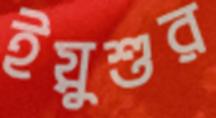
ইয়ুশুর